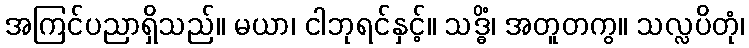
အကြင်ပညာရှိသည်။ မယာ၊ ငါဘုရင်နှင့်။ သဒ္ဓိံ၊ အတူတကွ။ သလ္လပိတုံ၊